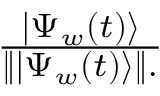
\begin{array} { r } { { \frac { | \Psi _ { w } ( t ) \rangle } { \left\| | \Psi _ { w } ( t ) \rangle \right\| . } } } \end{array}